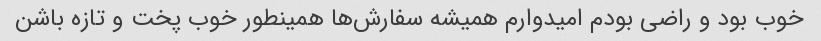
خوب بود و راضی بودم امیدوارم همیشه سفارش‌ها همینطور خوب پخت و تازه باشن